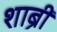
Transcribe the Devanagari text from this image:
शाब्री